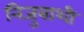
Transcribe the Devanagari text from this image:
निजुबाशी